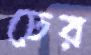
ঢের